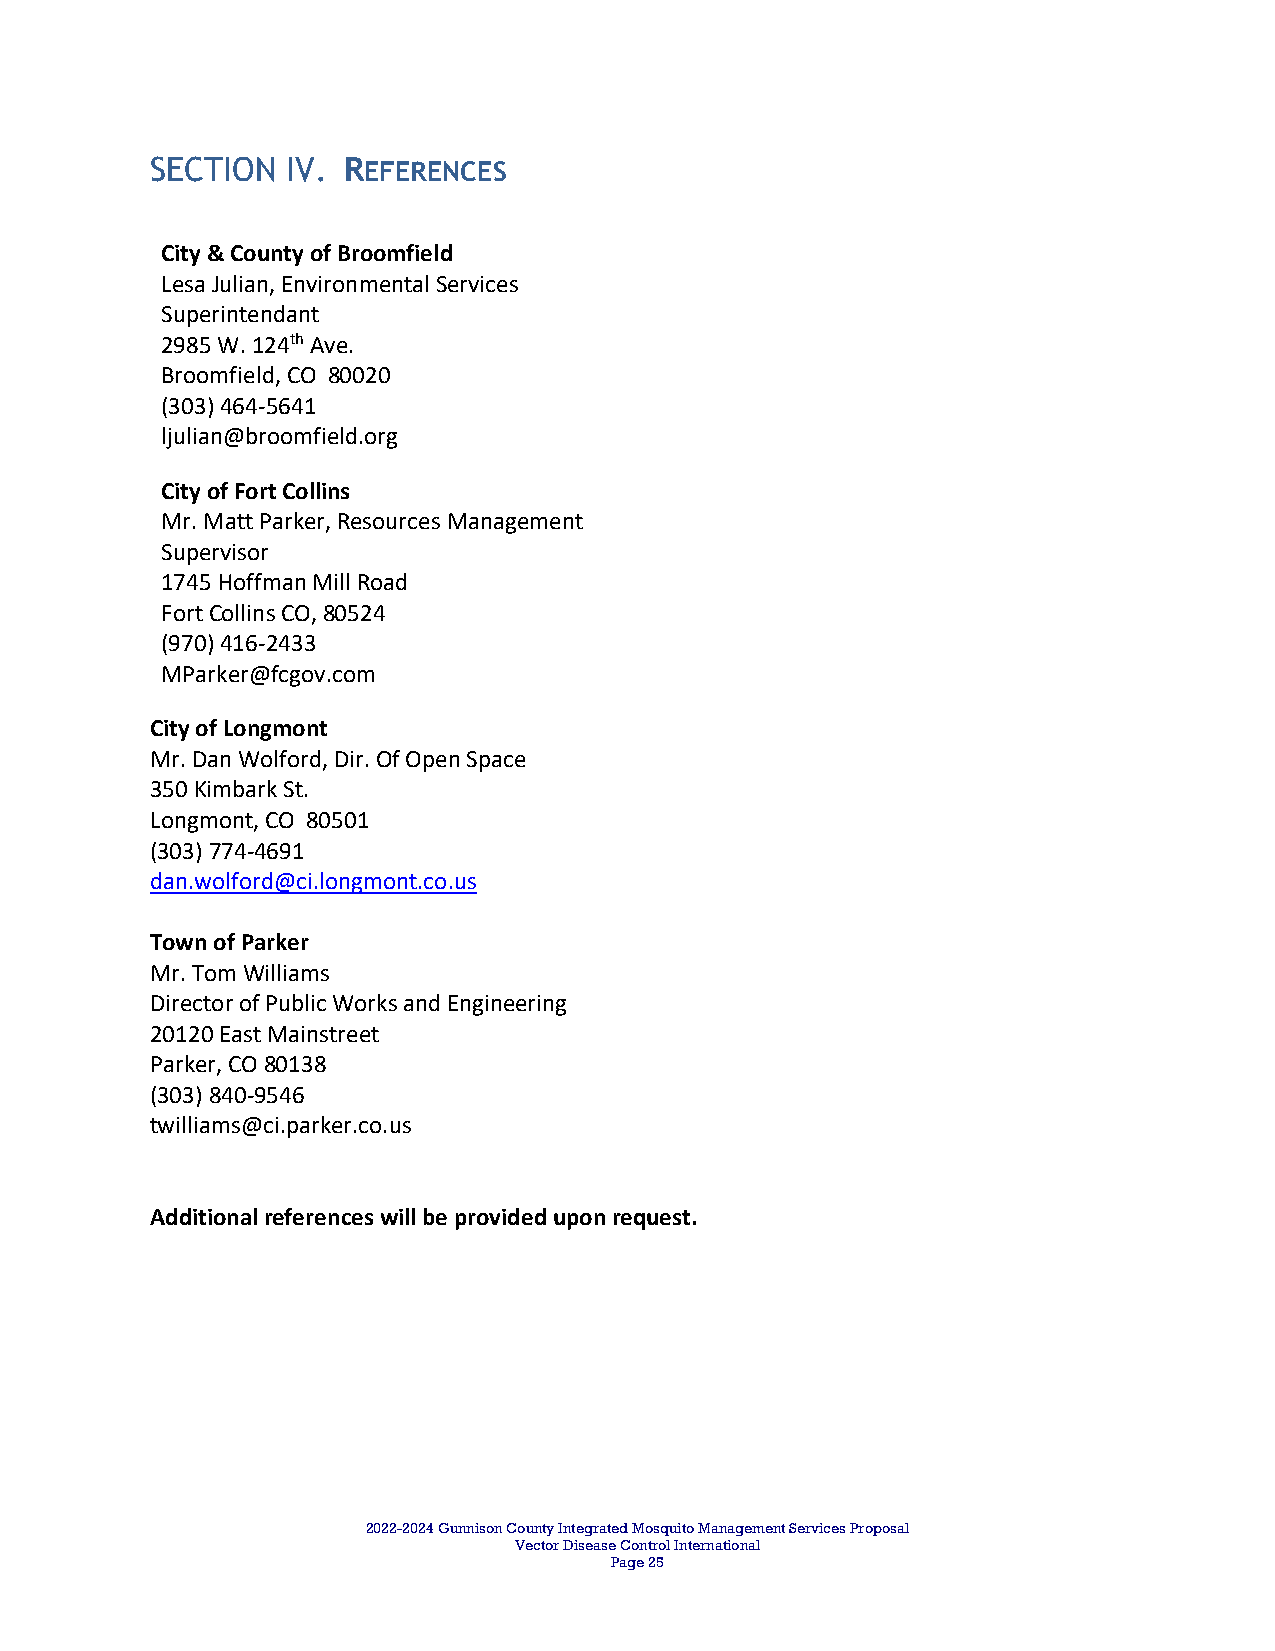
SECTION  IV. REFERENCES
 City & County of Broomfield
 Lesa Julian, Environmental Services
 Superintendant
 2985 W. 124th Ave.
 Broomfield, CO 80020
 (303) 464‐5641
 ljulian@broomfield.org
 City of Fort Collins
 Mr. Matt Parker, Resources Management
 Supervisor
 1745 Hoffman Mill Road
 Fort Collins CO, 80524
 (970) 416‐2433
 MParker@fcgov.com
 City of Longmont
 Mr. Dan Wolford, Dir. Of Open Space
 350 Kimbark St.
 Longmont, CO 80501
 (303) 774‐4691
 dan.wolford@ci.longmont.co.us
 Town of Parker
 Mr. Tom Williams
 Director of Public Works and Engineering
 20120 East Mainstreet
 Parker, CO 80138
 (303) 840‐9546
 twilliams@ci.parker.co.us
 Additional references will be provided upon request.
 2022-2024 Gunnison County Integrated Mosquito Management Services Proposal
 Vector Disease Control International
 Page 25